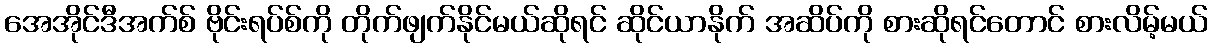
အေအိုင်ဒီအက်စ် ဗိုင်းရပ်စ်ကို တိုက်ဖျက်နိုင်မယ်ဆိုရင် ဆိုင်ယာနိုက် အဆိပ်ကို စားဆိုရင်တောင် စားလိမ့်မယ်